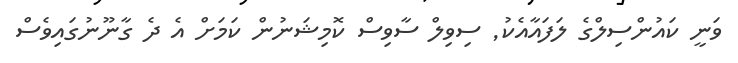
ވަނީ ކައުންސިލްގެ ލަފައާއެކު